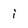
Character: i